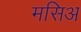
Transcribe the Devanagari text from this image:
मसिअ